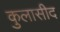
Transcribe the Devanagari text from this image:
कुलासीद